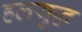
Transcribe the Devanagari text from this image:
हलयुद्ध